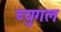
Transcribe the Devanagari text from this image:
ब्युगल